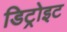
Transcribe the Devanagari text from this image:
डिट्रोइट